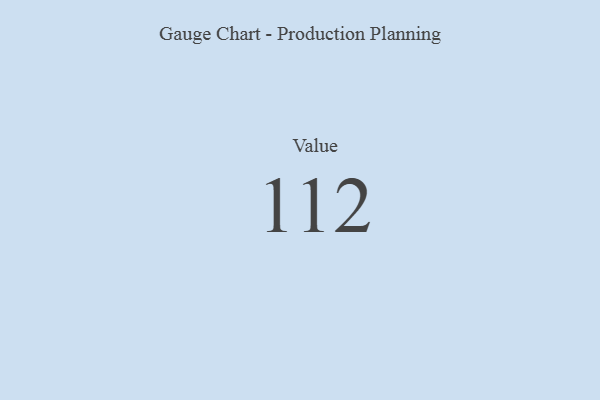
{"axis": {"x": "Metric", "y": "Value"}, "legend": [""], "data": [{"x": "Value", "y": 112, "type": ""}]}